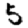
Digit: 5